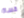
قساة